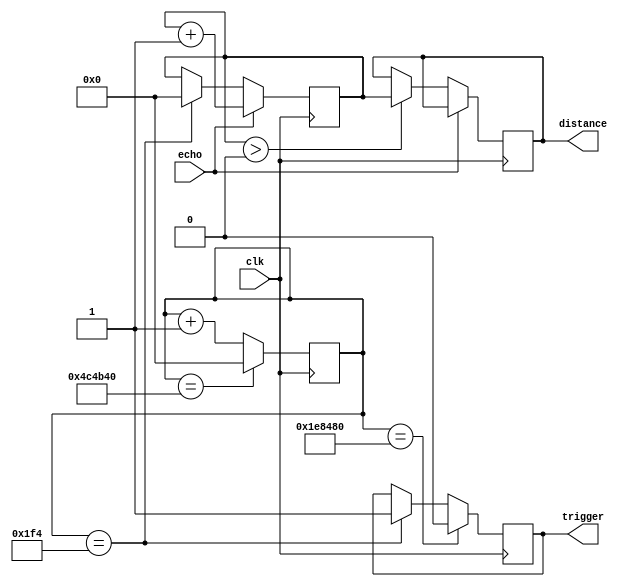
// This program was cloned from: https://github.com/multigcs/riocore
// License: GNU General Public License v2.0


module sonar
    #(parameter TRIGGER_START = 500, TRIGGER_LEN = 2000000, RESET_CNT = 5000000)
     (
         input clk,
         output trigger,
         input echo,
         output [31:0] distance
     );
    reg [31:0] distance_set = 0;
    reg [31:0] dist_counter = 0;
    reg [31:0] counter = 0;
    reg trg = 0;

    assign distance = distance_set;
    assign trigger = trg;

    always @ (posedge clk) begin
        counter <= counter + 1;
        if (counter == TRIGGER_START) begin
            trg <= 1;
            dist_counter <= 0;
        end
        if (counter == TRIGGER_LEN) begin
            trg <= 0;
        end
        if (counter == RESET_CNT) begin
            counter <= 0;
        end

        if (echo) begin
            dist_counter <= dist_counter + 1;
        end else if (dist_counter > 0) begin
            distance_set <= dist_counter;
        end
    end
endmodule